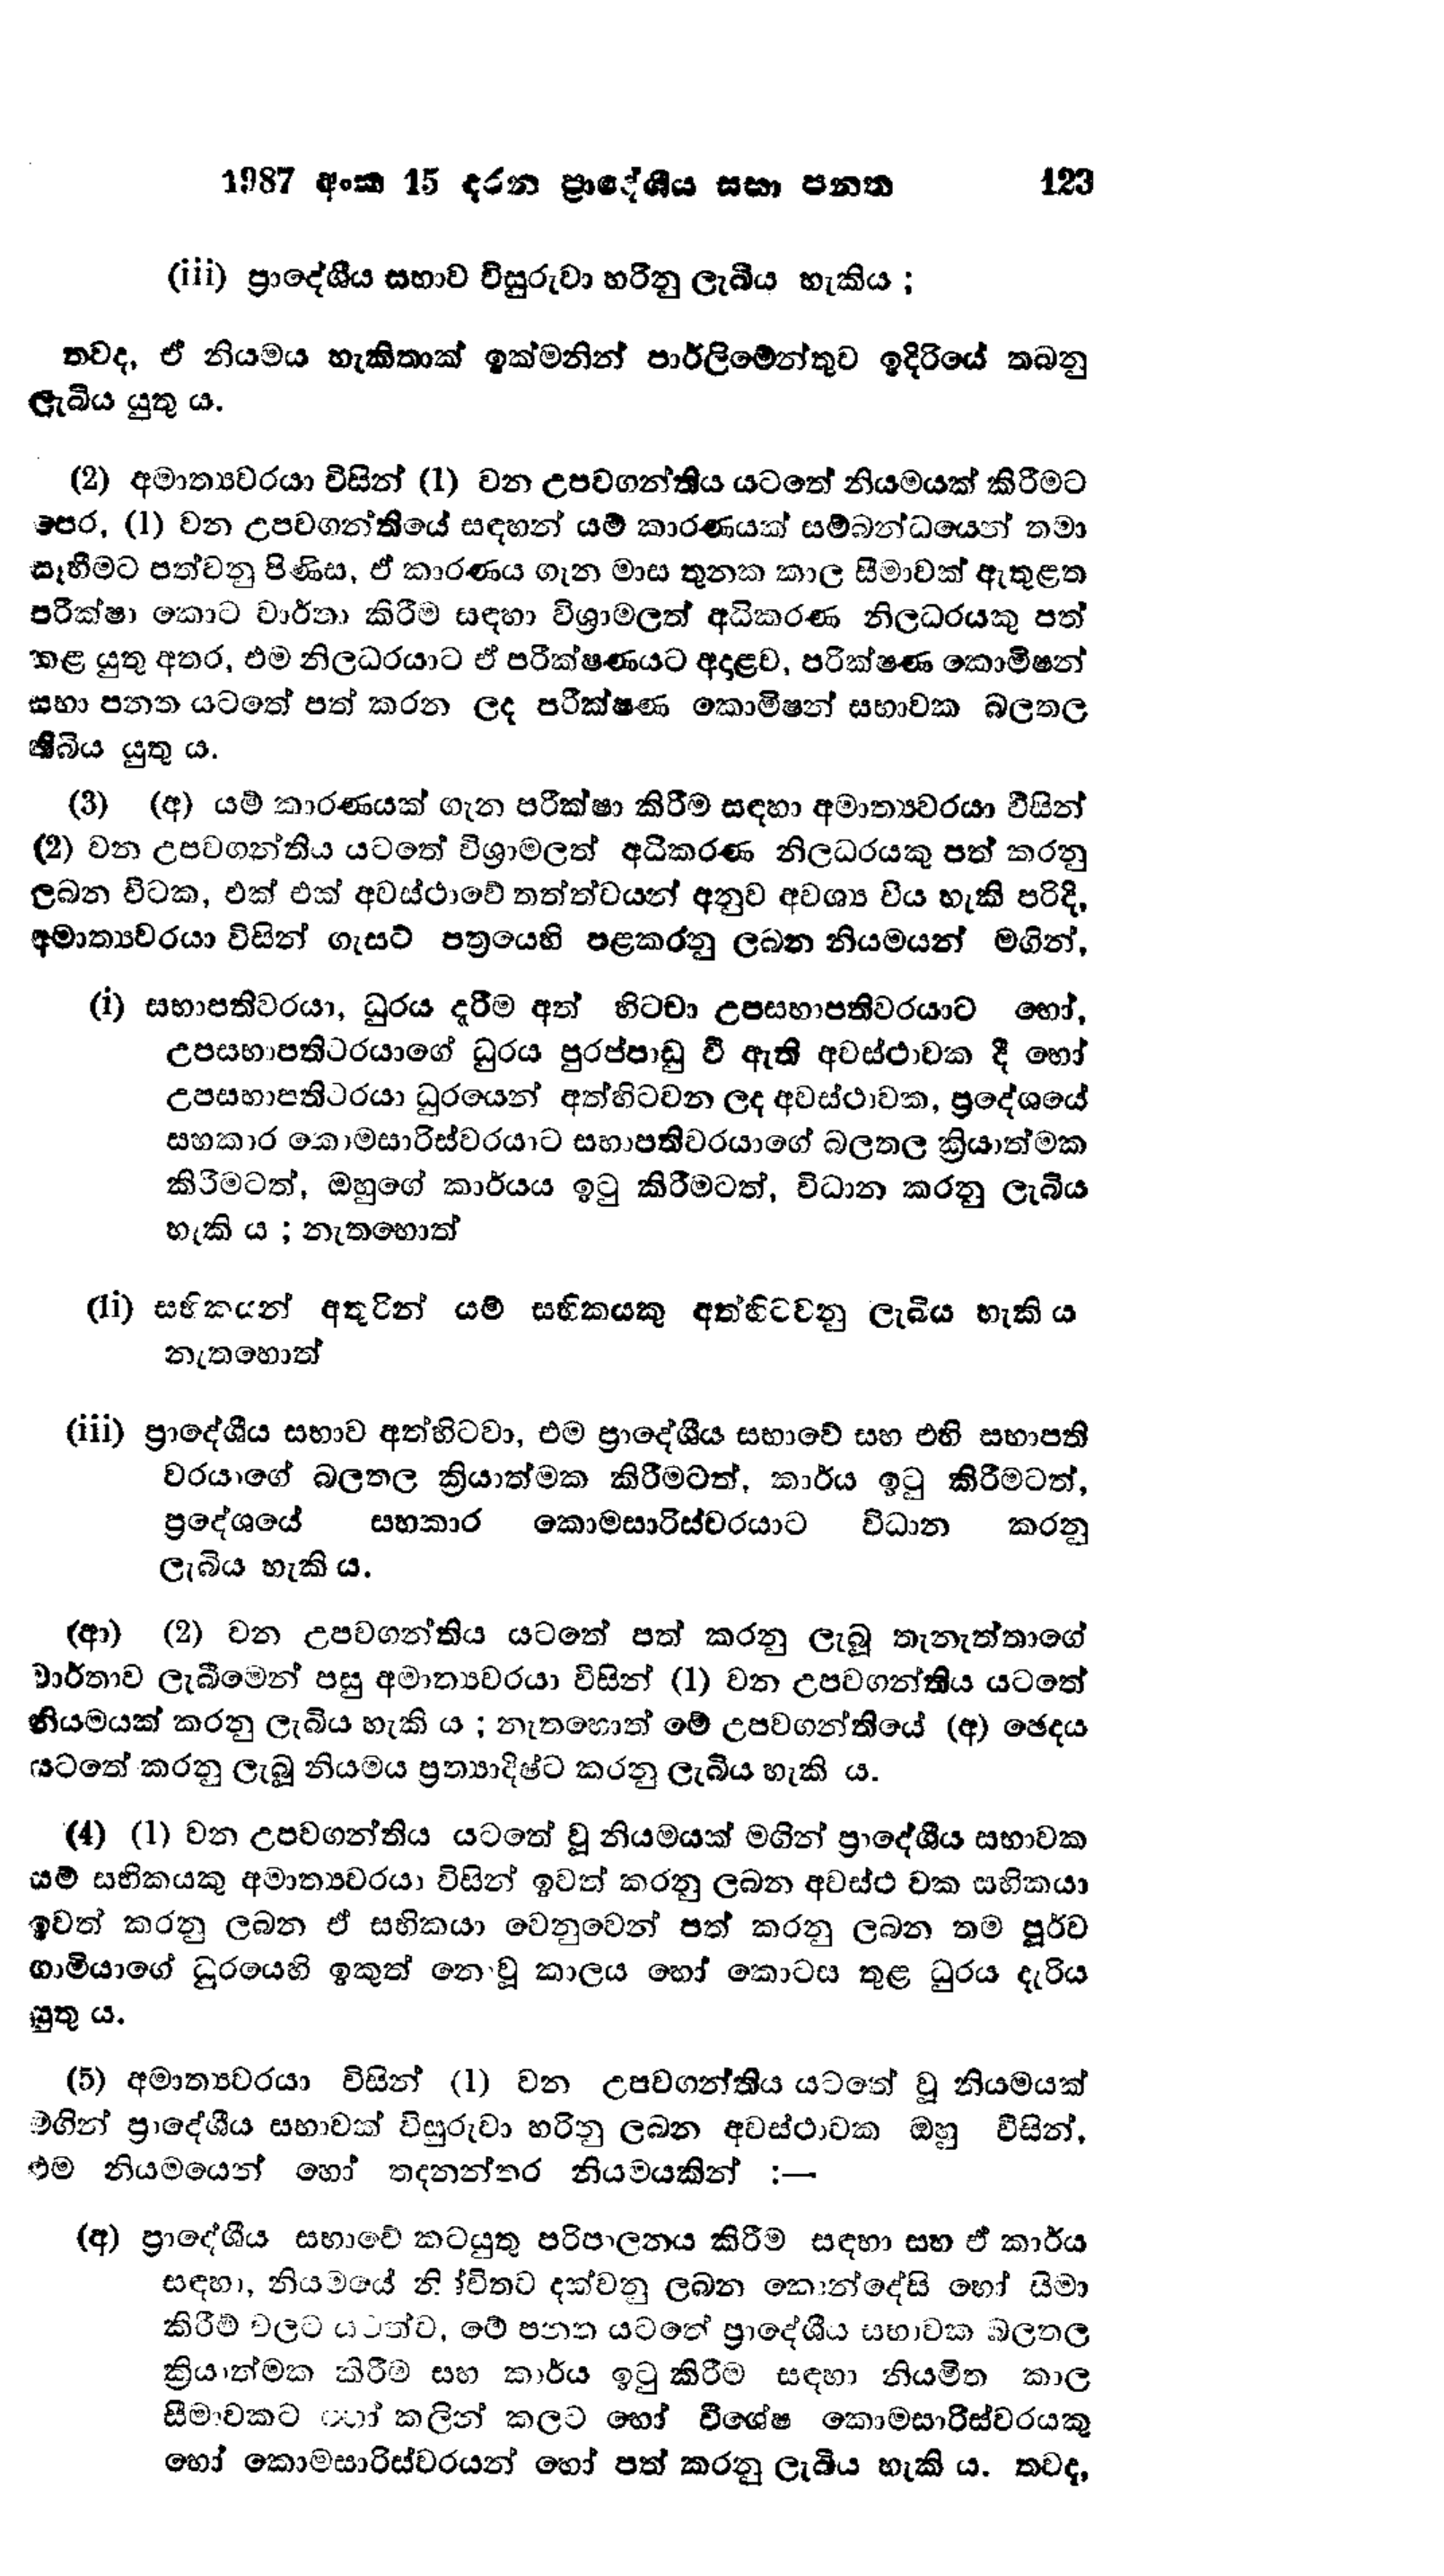
1987 අංක 15 දරන ප්‍රාදේශීය සභා පනත 123

(iii) ප්‍රාදේශීය සභාව විසුරුවා හරිනු ලැබිය හැකිය;

තවද, ඒ නියමය හැකිතාක් ඉක්මනින් පාර්ලිමේන්තුව ඉදිරියේ තබනු
ලැබිය යුතු ය.

(2) අමාත්‍යවරයා විසින් (1) වන උපවගන්තිය යටතේ නියමයක් කිරීමට
පෙර, (1) වන උපවගන්තියේ සඳහන් යම් කාරණයක් සම්බන්ධයෙන් තමා
සෑහීමට පත්වනු පිණිස, ඒ කාරණය ගැන මාස තුනක කාල සීමාවක් ඇතුළත
පරීක්ෂා කොට වාර්තා කිරීම සඳහා විශ්‍රාමලත් අධිකරණ නිලධරයකු පත්
කළ යුතු අතර, එම නිලධරයාට ඒ පරීක්ෂණයට අදාළව, පරීක්ෂණ කොමිෂන්
සභා පනත යටතේ පත් කරන ලද පරීක්ෂණ කොමිෂන් සභාවක බලතල
තිබිය යුතු ය.

(3) (අ) යම් කාරණයක් ගැන පරීක්ෂා කිරීම සඳහා අමාත්‍යවරයා විසින්
(2) වන උපවගන්තිය යටතේ විශ්‍රාමලත් අධිකරණ නිලධරයකු පත් කරනු
ලබන විටක, එක් එක් අවස්ථාවේ තත්ත්වයන් අනුව අවශ්‍ය විය හැකි පරිදි,
අමාත්‍යවරයා විසින් ගැසට් පත්‍රයෙහි පළකරනු ලබන නියමයන් මගින්,

(i) සභාපතිවරයා, ධුරය දැරීම අත් හිටවා උපසභාපතිවරයාට හෝ,
උපසභාපතිවරයාගේ ධුරය පුරප්පාඩු වී ඇති අවස්ථාවක දී හෝ
උපසභාපතිවරයා ධුරයෙන් අත්හිටවන ලද අවස්ථාවක, ප්‍රදේශයේ
සහකාර කොමසාරිස්වරයාට සභාපතිවරයාගේ බලතල ක්‍රියාත්මක
කිරිමටත්, ඔහුගේ කාර්යය ඉටු කිරීමටත්, විධාන කරනු ලැබිය
හැකි ය; නැතහොත්

(ii) සභිකයන් අතුරින් යම් සභිකයකු අත්හිටවනු ලැබිය හැකි ය
නැතහොත්

(iii) ප්‍රාදේශීය සභාව අත්හිටවා, එම ප්‍රාදේශීය සභාවේ සහ එහි සභාපති
වරයාගේ බලතල ක්‍රියාත්මක කිරීමටත්, කාර්ය ඉටු කිරීමටත්,
ප්‍රදේශයේ සහකාර කොමසාරිස්වරයාට විධාන කරනු
ලැබිය හැකි ය.

(ආ) (2) වන උපවගන්තිය යටතේ පත් කරනු ලැබු තැනැත්තාගේ
වාර්තාව ලැබීමෙන් පසු අමාත්‍යවරයා විසින් (1) වන උපවගන්තිය යටතේ
නියමයක් කරනු ලැබිය හැකි ය ; නැතහොත් මේ උපවගන්තියේ (අ) ඡෙදය
යටතේ කරනු ලැබූ නියමය ප්‍රත්‍යාදිෂ්ට කරනු ලැබිය හැකි ය.

(4) (1) වන උපවගන්තිය යටතේ වූ නියමයක් මගින් ප්‍රාදේශීය සභාවක
යම් සහිකයකු අමාත්‍යවරයා විසින් ඉවත් කරනු ලබන අවස්ථාවක සභිකයා
ඉවත් කරනු ලබන ඒ සභිකයා වෙනුවෙන් පත් කරනු ලබන තම පූර්ව
ගාමියාගේ ධුරයෙහි ඉකුත් නොවූ කාලය හෝ කොටස තුළ ධුරය දැරිය
යුතු ය.

(5) අමාත්‍යවරයා විසින් (1) වන උපවගන්තිය යටතේ වූ නියමයක්
මගින් ප්‍රාදේශීය සභාවක් විසුරුවා හරිනු ලබන අවස්ථාවක ඔහු විසින්,
එම නියමයෙන් හෝ තදනන්තර නියමයකින් :-

(අ) ප්‍රාදේශීය සභාවේ කටයුතු පරිපාලනය කිරීම සඳහා සහ ඒ කාර්ය
සඳහා, නියමයේ නිවිතට දක්වනු ලබන කොන්දේසි හෝ සීමා
කිරීම් වලට යටත්ව, මේ පනත යටතේ ප්‍රාදේශීය සභාවක බලතල
ක්‍රියාත්මක කිරීම සහ කාර්ය ඉටු කිරීම සඳහා නියමිත කාල
සීමාවකට හෝ කලින් කලට හෝ විශේෂ කොමසාරිස්වරයකු
හෝ කොමසාරිස්වරයන් හෝ පත් කරනු ලැබිය හැකි ය. තවද,